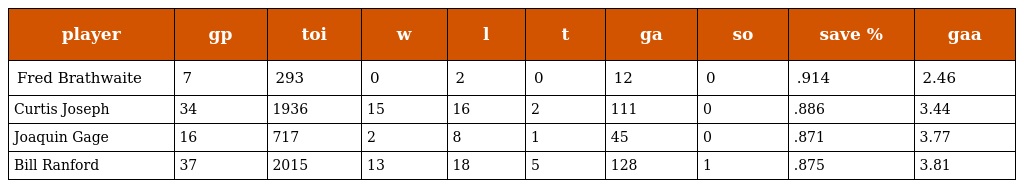
| player | gp | toi | w | l | t | ga | so | save % | gaa |
 | --- | --- | --- | --- | --- | --- | --- | --- | --- | --- |
 | Fred Brathwaite | 7 | 293 | 0 | 2 | 0 | 12 | 0 | .914 | 2.46 |
 | Curtis Joseph | 34 | 1936 | 15 | 16 | 2 | 111 | 0 | .886 | 3.44 |
 | Joaquin Gage | 16 | 717 | 2 | 8 | 1 | 45 | 0 | .871 | 3.77 |
 | Bill Ranford | 37 | 2015 | 13 | 18 | 5 | 128 | 1 | .875 | 3.81 |